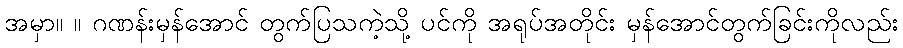
အမှာ။ ။ ဂဏန်းမှန်အောင် တွက်ပြသကဲ့သို့ ပင်ကို အရုပ်အတိုင်း မှန်အောင်တွက်ခြင်းကိုလည်း